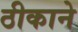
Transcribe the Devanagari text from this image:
ठीकाने